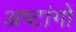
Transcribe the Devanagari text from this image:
अष्टांगों